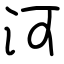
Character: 河